Scottish Leaving Certificate Examination, 1960
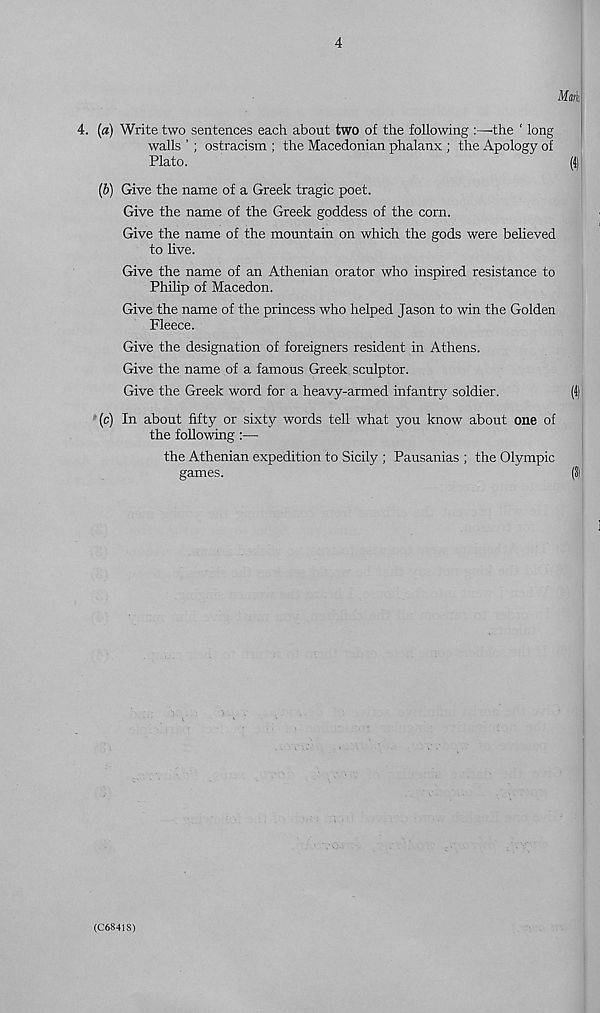
4
Math
4. (a) Write two sentences each about two of the following the ' long
walls ’ ; ostracism ; the Macedonian phalanx ; the Apology of
Plato.
(j)
(6) Give the name of a Greek tragic poet.
Give the name of the Greek goddess of the corn.
Give the name of the mountain on which the gods were believed
to live.
Give the name of an Athenian orator who inspired resistance to
Philip of Macedon.
Give the name of the princess who helped Jason to win the Golden
Fleece.
Give the designation of foreigners resident in Athens.
Give the name of a famous Greek sculptor.
Give the Greek word for a heavy-armed infantry soldier.
(1)
(c) In about fifty or sixty words tell what you know about one of
the following :—
the Athenian expedition to Sicily ; Pausanias ; the Olympic
games.
(3)
(C6841S)